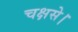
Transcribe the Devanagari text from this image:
चक्षसे।